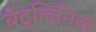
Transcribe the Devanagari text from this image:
बेटुलिनिक